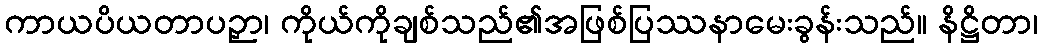
ကာယပိယတာပဉှာ၊ ကိုယ်ကိုချစ်သည်၏အဖြစ်ပြဿနာမေးခွန်းသည်။ နိဋ္ဌိတာ၊